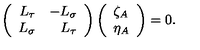
\left( \begin{array} { r r } { L _ { \tau } } & { - L _ { \sigma } } \\ { L _ { \sigma } } & { L _ { \tau } } \\ \end{array} \right) \left( \begin{array} { l } { \zeta _ { A } } \\ { \eta _ { A } } \\ \end{array} \right) = 0 .